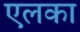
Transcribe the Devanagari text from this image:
एलका